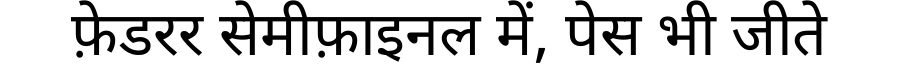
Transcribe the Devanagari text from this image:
फ़ेडरर सेमीफ़ाइनल में, पेस भी जीते